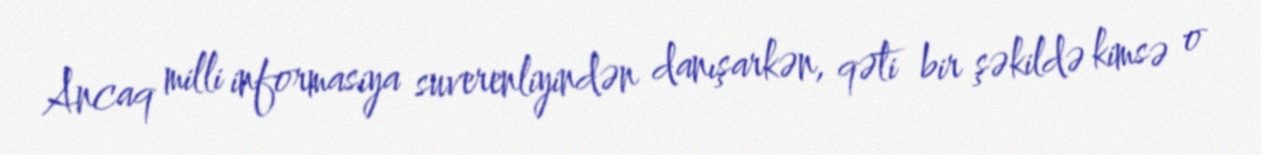
Ancaq milli informasiya suverenliyindən danışarkən, qəti bir şəkildə kimsə o